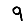
Digit: 9